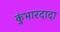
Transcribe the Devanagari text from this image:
कुंभारदादा